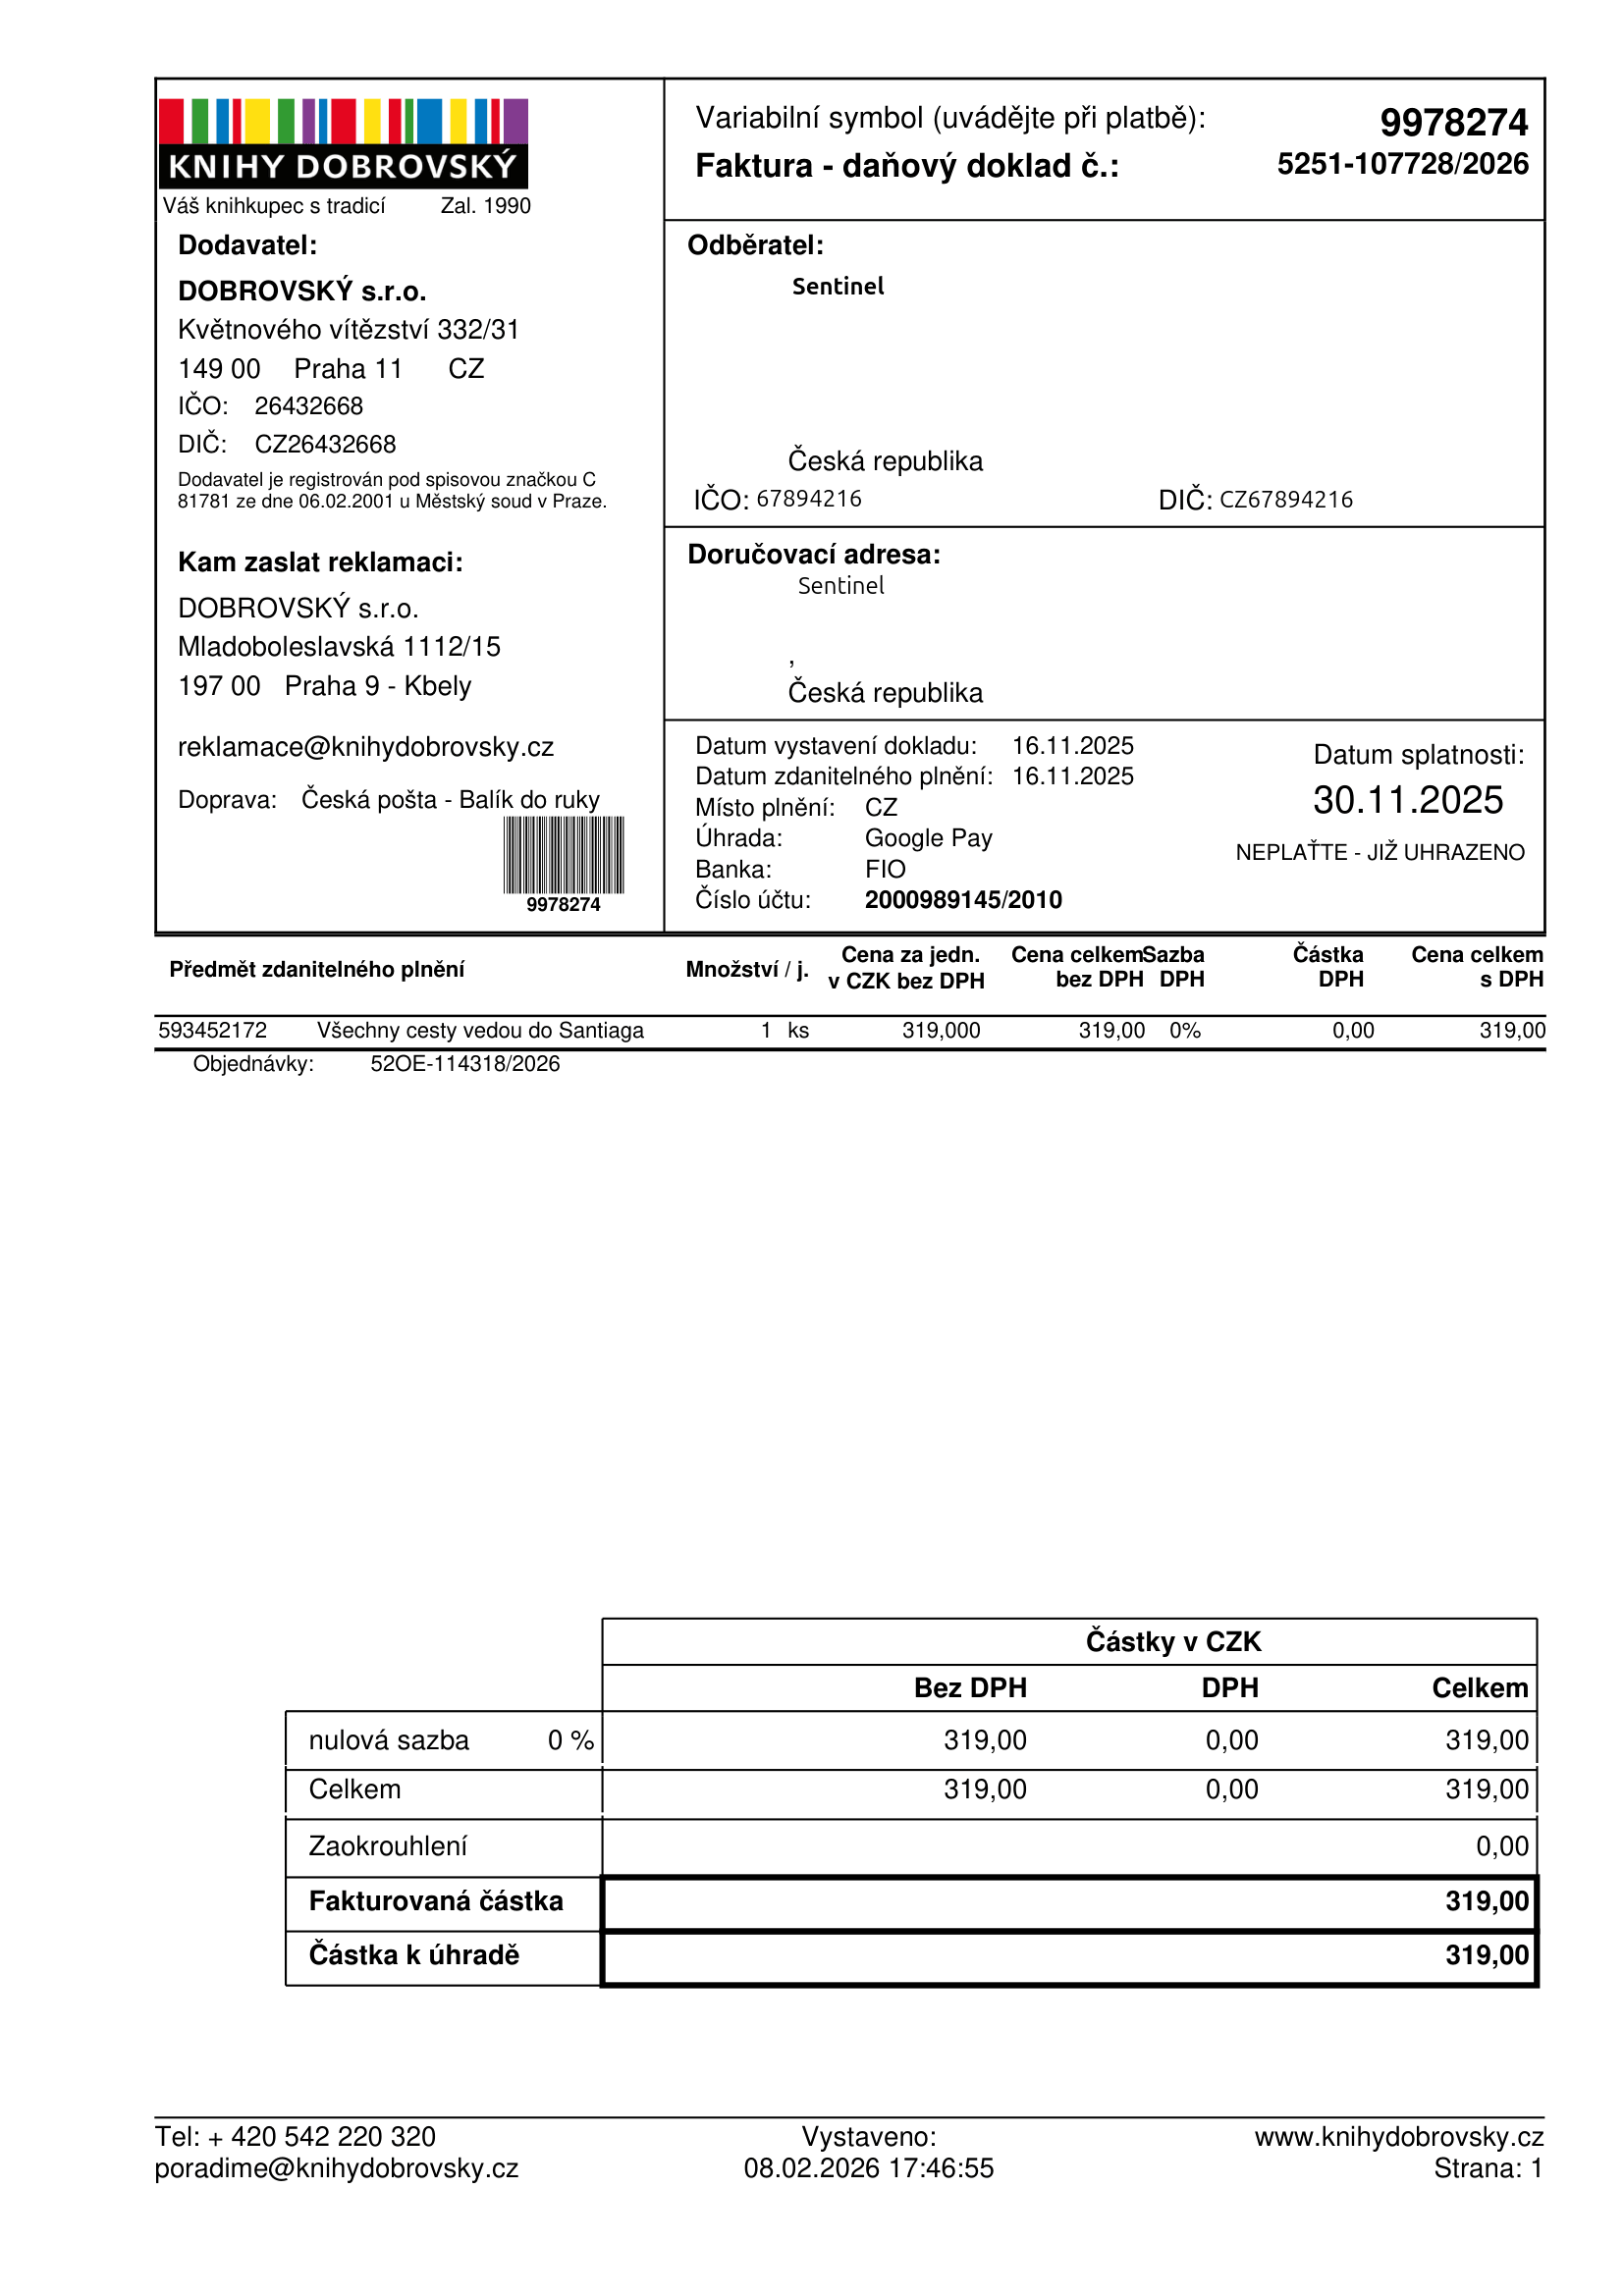
invoice_number: 5251-107728/2026
supp_register_id: 26432668
supp_tax_id: CZ26432668
cust_register_id: 67894216
cust_tax_id: CZ67894216
issue_date: 16.11.2025
taxable_supply_date: 16.11.2025
due_date: 30.11.2025
payment_type: Google Pay
bank_account_number: 2000989145/2010
variable_symbol: 9978274
total: 319,00